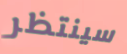
سينتظر